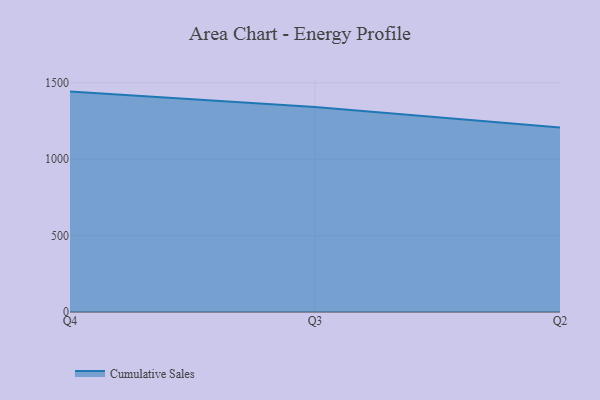
{"axis": {"x": "Quarter", "y": "Market Share (%)"}, "legend": ["Cumulative Sales"], "data": [{"x": "Q4", "y": 1442.3, "type": "Cumulative Sales"}, {"x": "Q3", "y": 1340.8, "type": "Cumulative Sales"}, {"x": "Q2", "y": 1208.1, "type": "Cumulative Sales"}]}